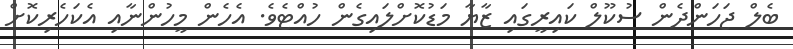
ބެލް ޖަހަންދެން ސުކޫލް ކައިރީގައި ޒާޔާ މަޑުކޮށްލައިގެން ހުއްޓެވެ. އެހެން މީހުންނާއި އެކަހެރިކޮށް